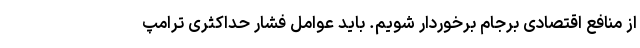
از منافع اقتصادی برجام برخوردار شویم. باید عوامل فشار حداکثری ترامپ